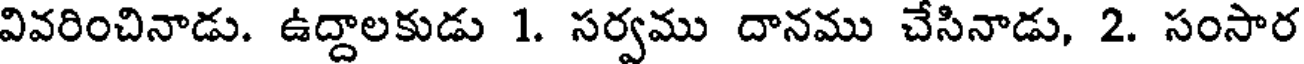
వివరించినాడు. ఉద్దాలకుడు 1. సర్వము దానము చేసినాడు, 2. సంసార